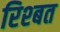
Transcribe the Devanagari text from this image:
रिश्बत